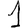
Digit: 1